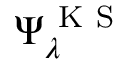
\Psi _ { \lambda } ^ { \mathrm { ~ K ~ S ~ } }